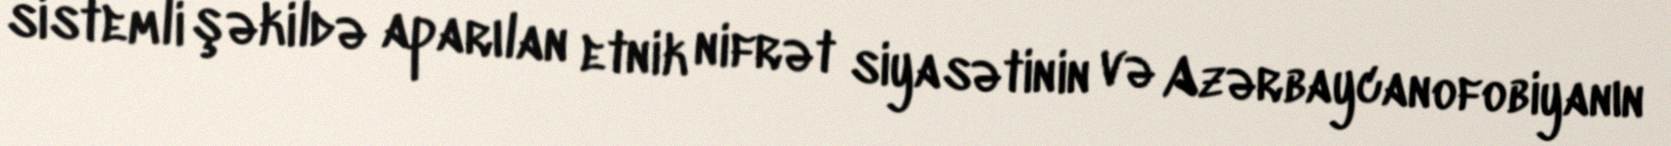
sistemli şəkildə aparılan etnik nifrət siyasətinin və Azərbaycanofobiyanın